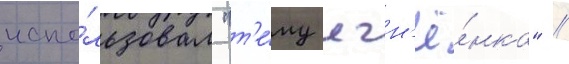
испо́льзовал "т'е́му ягн'ё́нка" //